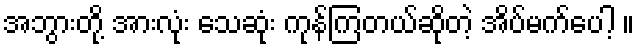
အဘွားတို့ အားလုံး သေဆုံး ကုန်ကြတယ်ဆိုတဲ့ အိပ်မက်ပေါ့ ။